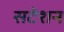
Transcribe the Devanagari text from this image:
सटेशन